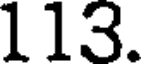
113.